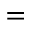
=